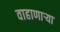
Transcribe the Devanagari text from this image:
वाहाणाऱ्या